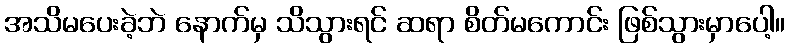
အသိမပေးခဲ့ဘဲ နောက်မှ သိသွားရင် ဆရာ စိတ်မကောင်း ဖြစ်သွားမှာပေါ့။